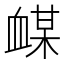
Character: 𲀙